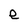
Character: e